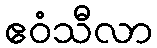
ဧဝံသီလာ